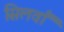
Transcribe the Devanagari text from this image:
सिलवाँ